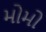
મોમો